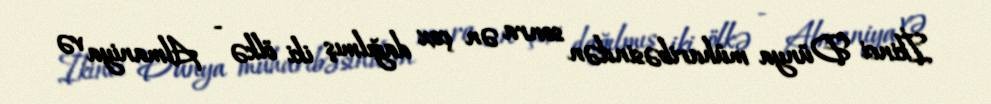
İkinci Dünya müharibəsindən sonra ən çox dağılmış iki ölkə - Almaniya və